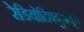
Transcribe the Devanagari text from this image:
रेडियोदिफ्युसयूर्स